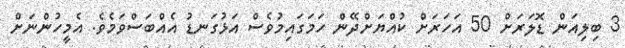
3 ބިލިއަން ޑޮލަރަށް 50 އަހަރަށް ކުއްޔަށްދޭން ހަމަގައިމުވެސް އަޅުގަނޑު އެއްބަސްވަމެވެ. އެމީހުންނަށް